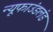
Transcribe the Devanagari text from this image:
न्यूफाउंडलंड